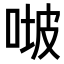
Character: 𠶊